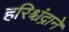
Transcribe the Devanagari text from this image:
हरिश्चंद्राने